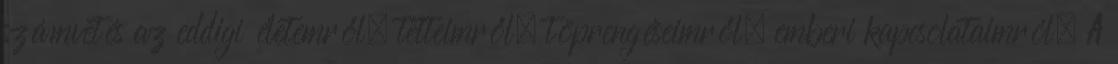
számvetés az eddigi életemről, tetteimről, töprengéseimről, emberi kapcsolataimról. A